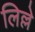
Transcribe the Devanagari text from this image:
लिल्ले